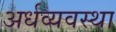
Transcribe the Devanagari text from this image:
अर्धव्यवस्था